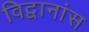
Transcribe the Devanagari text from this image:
विद्वानांस